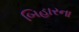
બિહારના